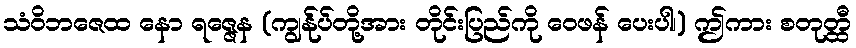
သံဝိဘဇေထ နော ရဇ္ဇေန (ကျွန်ုပ်တို့အား တိုင်းပြည်ကို ဝေဖန် ပေးပါ၊) ဤကား စတုတ္ထီ